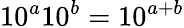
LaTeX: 10^{a}10^{b}=10^{a+b}